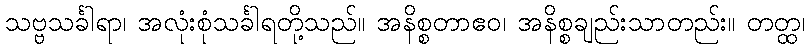
သဗ္ဗသင်္ခါရာ၊ အလုံးစုံသင်္ခါရတို့သည်။ အနိစ္စတာဧဝ၊ အနိစ္စချည်းသာတည်း။ တတ္ထ၊